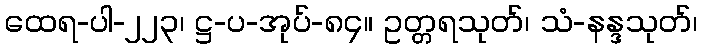
ထေရ-ပါ-၂၂၃၊ ဋ္ဌ-ပ-အုပ်-၈၄။ ဥတ္တရသုတ်၊ သံ-နန္ဒသုတ်၊